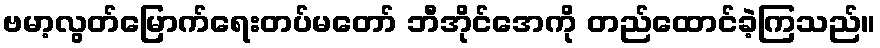
ဗမာ့လွတ်မြောက်ရေးတပ်မတော် ဘီအိုင်အေကို တည်ထောင်ခဲ့ကြသည်။